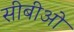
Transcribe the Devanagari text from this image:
सीबीओ